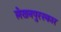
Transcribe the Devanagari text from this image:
लेखनपुरस्कार